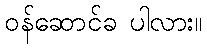
ဝန်ဆောင်ခ ပါလား။